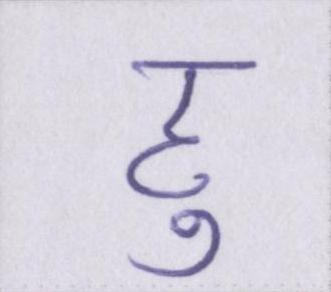
हु